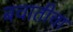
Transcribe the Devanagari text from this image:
बचातीचा